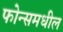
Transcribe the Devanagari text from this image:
फोन्समधील